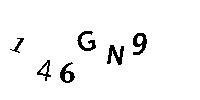
146GN9